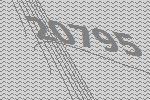
20795